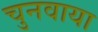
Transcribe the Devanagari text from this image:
चुनवाया